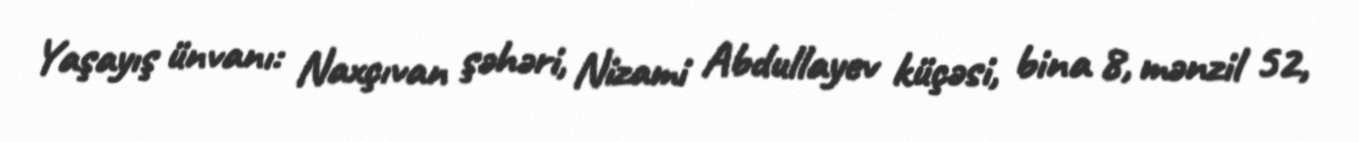
Yaşayış ünvanı: Naxçıvan şəhəri, Nizami Abdullayev küçəsi, bina 8, mənzil 52,